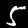
Digit: 5